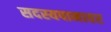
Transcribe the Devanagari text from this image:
सदस्यपानावर